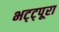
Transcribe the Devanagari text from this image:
भट्ट्पूरा